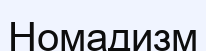
Номадизм